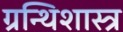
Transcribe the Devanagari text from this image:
ग्रन्थिशास्त्र